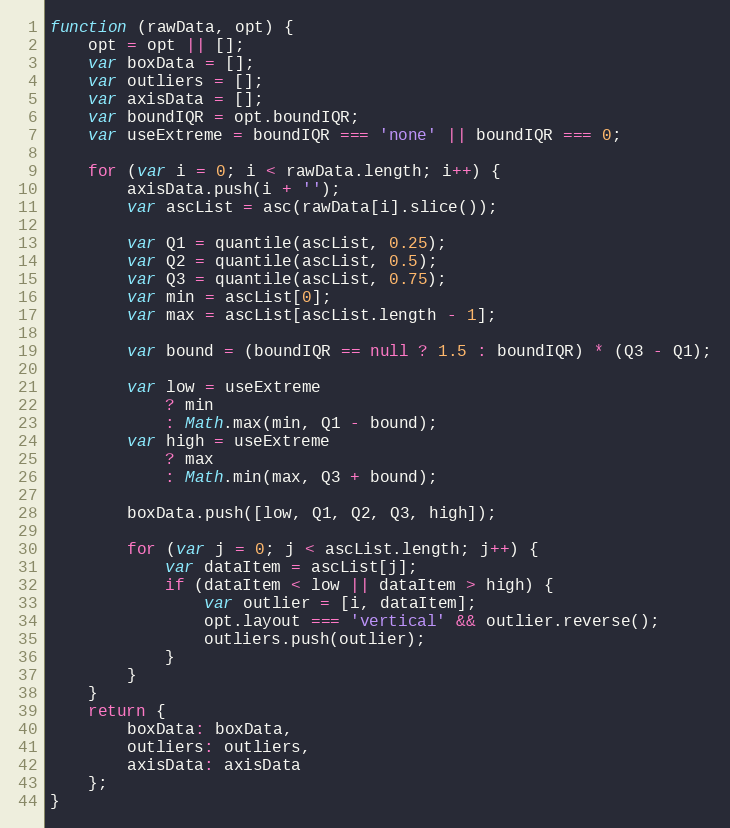
Language: JavaScript
function (rawData, opt) {
    opt = opt || [];
    var boxData = [];
    var outliers = [];
    var axisData = [];
    var boundIQR = opt.boundIQR;
    var useExtreme = boundIQR === 'none' || boundIQR === 0;

    for (var i = 0; i < rawData.length; i++) {
        axisData.push(i + '');
        var ascList = asc(rawData[i].slice());

        var Q1 = quantile(ascList, 0.25);
        var Q2 = quantile(ascList, 0.5);
        var Q3 = quantile(ascList, 0.75);
        var min = ascList[0];
        var max = ascList[ascList.length - 1];

        var bound = (boundIQR == null ? 1.5 : boundIQR) * (Q3 - Q1);

        var low = useExtreme
            ? min
            : Math.max(min, Q1 - bound);
        var high = useExtreme
            ? max
            : Math.min(max, Q3 + bound);

        boxData.push([low, Q1, Q2, Q3, high]);

        for (var j = 0; j < ascList.length; j++) {
            var dataItem = ascList[j];
            if (dataItem < low || dataItem > high) {
                var outlier = [i, dataItem];
                opt.layout === 'vertical' && outlier.reverse();
                outliers.push(outlier);
            }
        }
    }
    return {
        boxData: boxData,
        outliers: outliers,
        axisData: axisData
    };
}